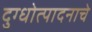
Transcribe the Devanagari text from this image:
दुग्धोत्पादनाचे